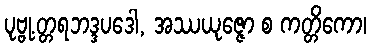
ပုဗ္ဗု.တ္တရဘဒ္ဒပဒေါ, အဿယုဇ္ဇော စ ကတ္တိကော၊